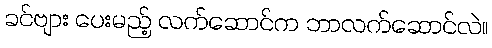
ခင်ဗျား ပေးမည့် လက်ဆောင်က ဘာလက်ဆောင်လဲ။